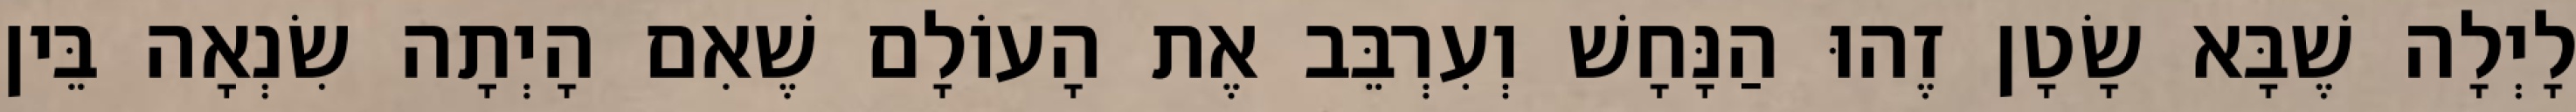
לָיְלָה שֶׁבָּא שָׂטָן זֶהוּ הַנָּחָשׁ וְעִרְבֵּב אֶת הָעוֹלָם שֶׁאִם הָיְתָה שִׂנְאָה בֵּין